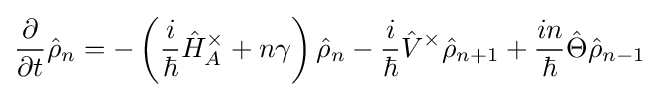
{\frac {\partial }{\partial t}}{\hat {\rho }}_{n}=-\left({\frac {i}{\hbar }}{\hat {H}}_{A}^{\times }+n\gamma \right){\hat {\rho }}_{n}-{i \over \hbar }{\hat {V}}^{\times }{\hat {\rho }}_{n+1}+{in \over \hbar }{\hat {\Theta }}{\hat {\rho }}_{n-1}